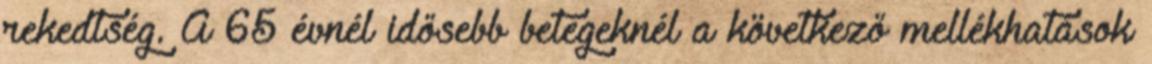
rekedtség. A 65 évnél idősebb betegeknél a következő mellékhatások